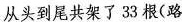
从头到尾共架了33根（路